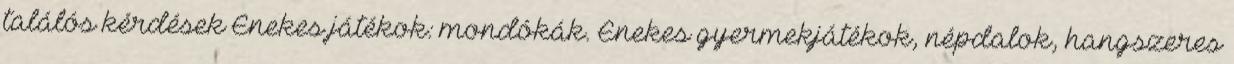
találós kérdések Énekes játékok: mondókák. Énekes gyermekjátékok, népdalok, hangszeres